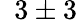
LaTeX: \hphantom{0}3\pm 3